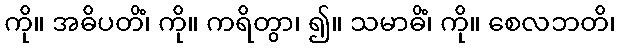
ကို။ အဓိပတိံ၊ ကို။ ကရိတွာ၊ ၍။ သမာဓိံ၊ ကို။ စေလဘတိ၊